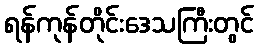
ရန်ကုန်တိုင်းဒေသကြီးတွင်